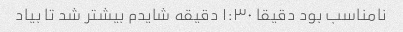
نامناسب بود دقیقا ۱:۳۰ دقیقه شایدم بیشتر شد تا بیاد